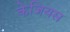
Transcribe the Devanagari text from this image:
केजियस